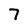
Character: 7